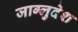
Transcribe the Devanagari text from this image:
जाग्लुदेश